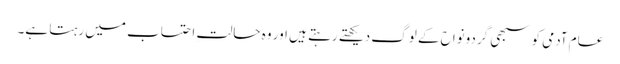
عام آدمی کو سبھی گردونواح کے لوگ دیکھتے رہتے ہیں اور وہ حالتِ احتساب میں رہتا ہے۔